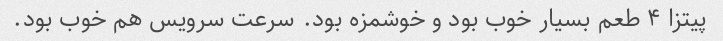
پیتزا ۴ طعم بسیار خوب بود و خوشمزه بود. سرعت سرویس هم خوب بود.